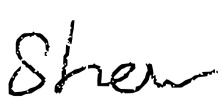
Text: show
Cross-out: clean
Writing tool: digital_black